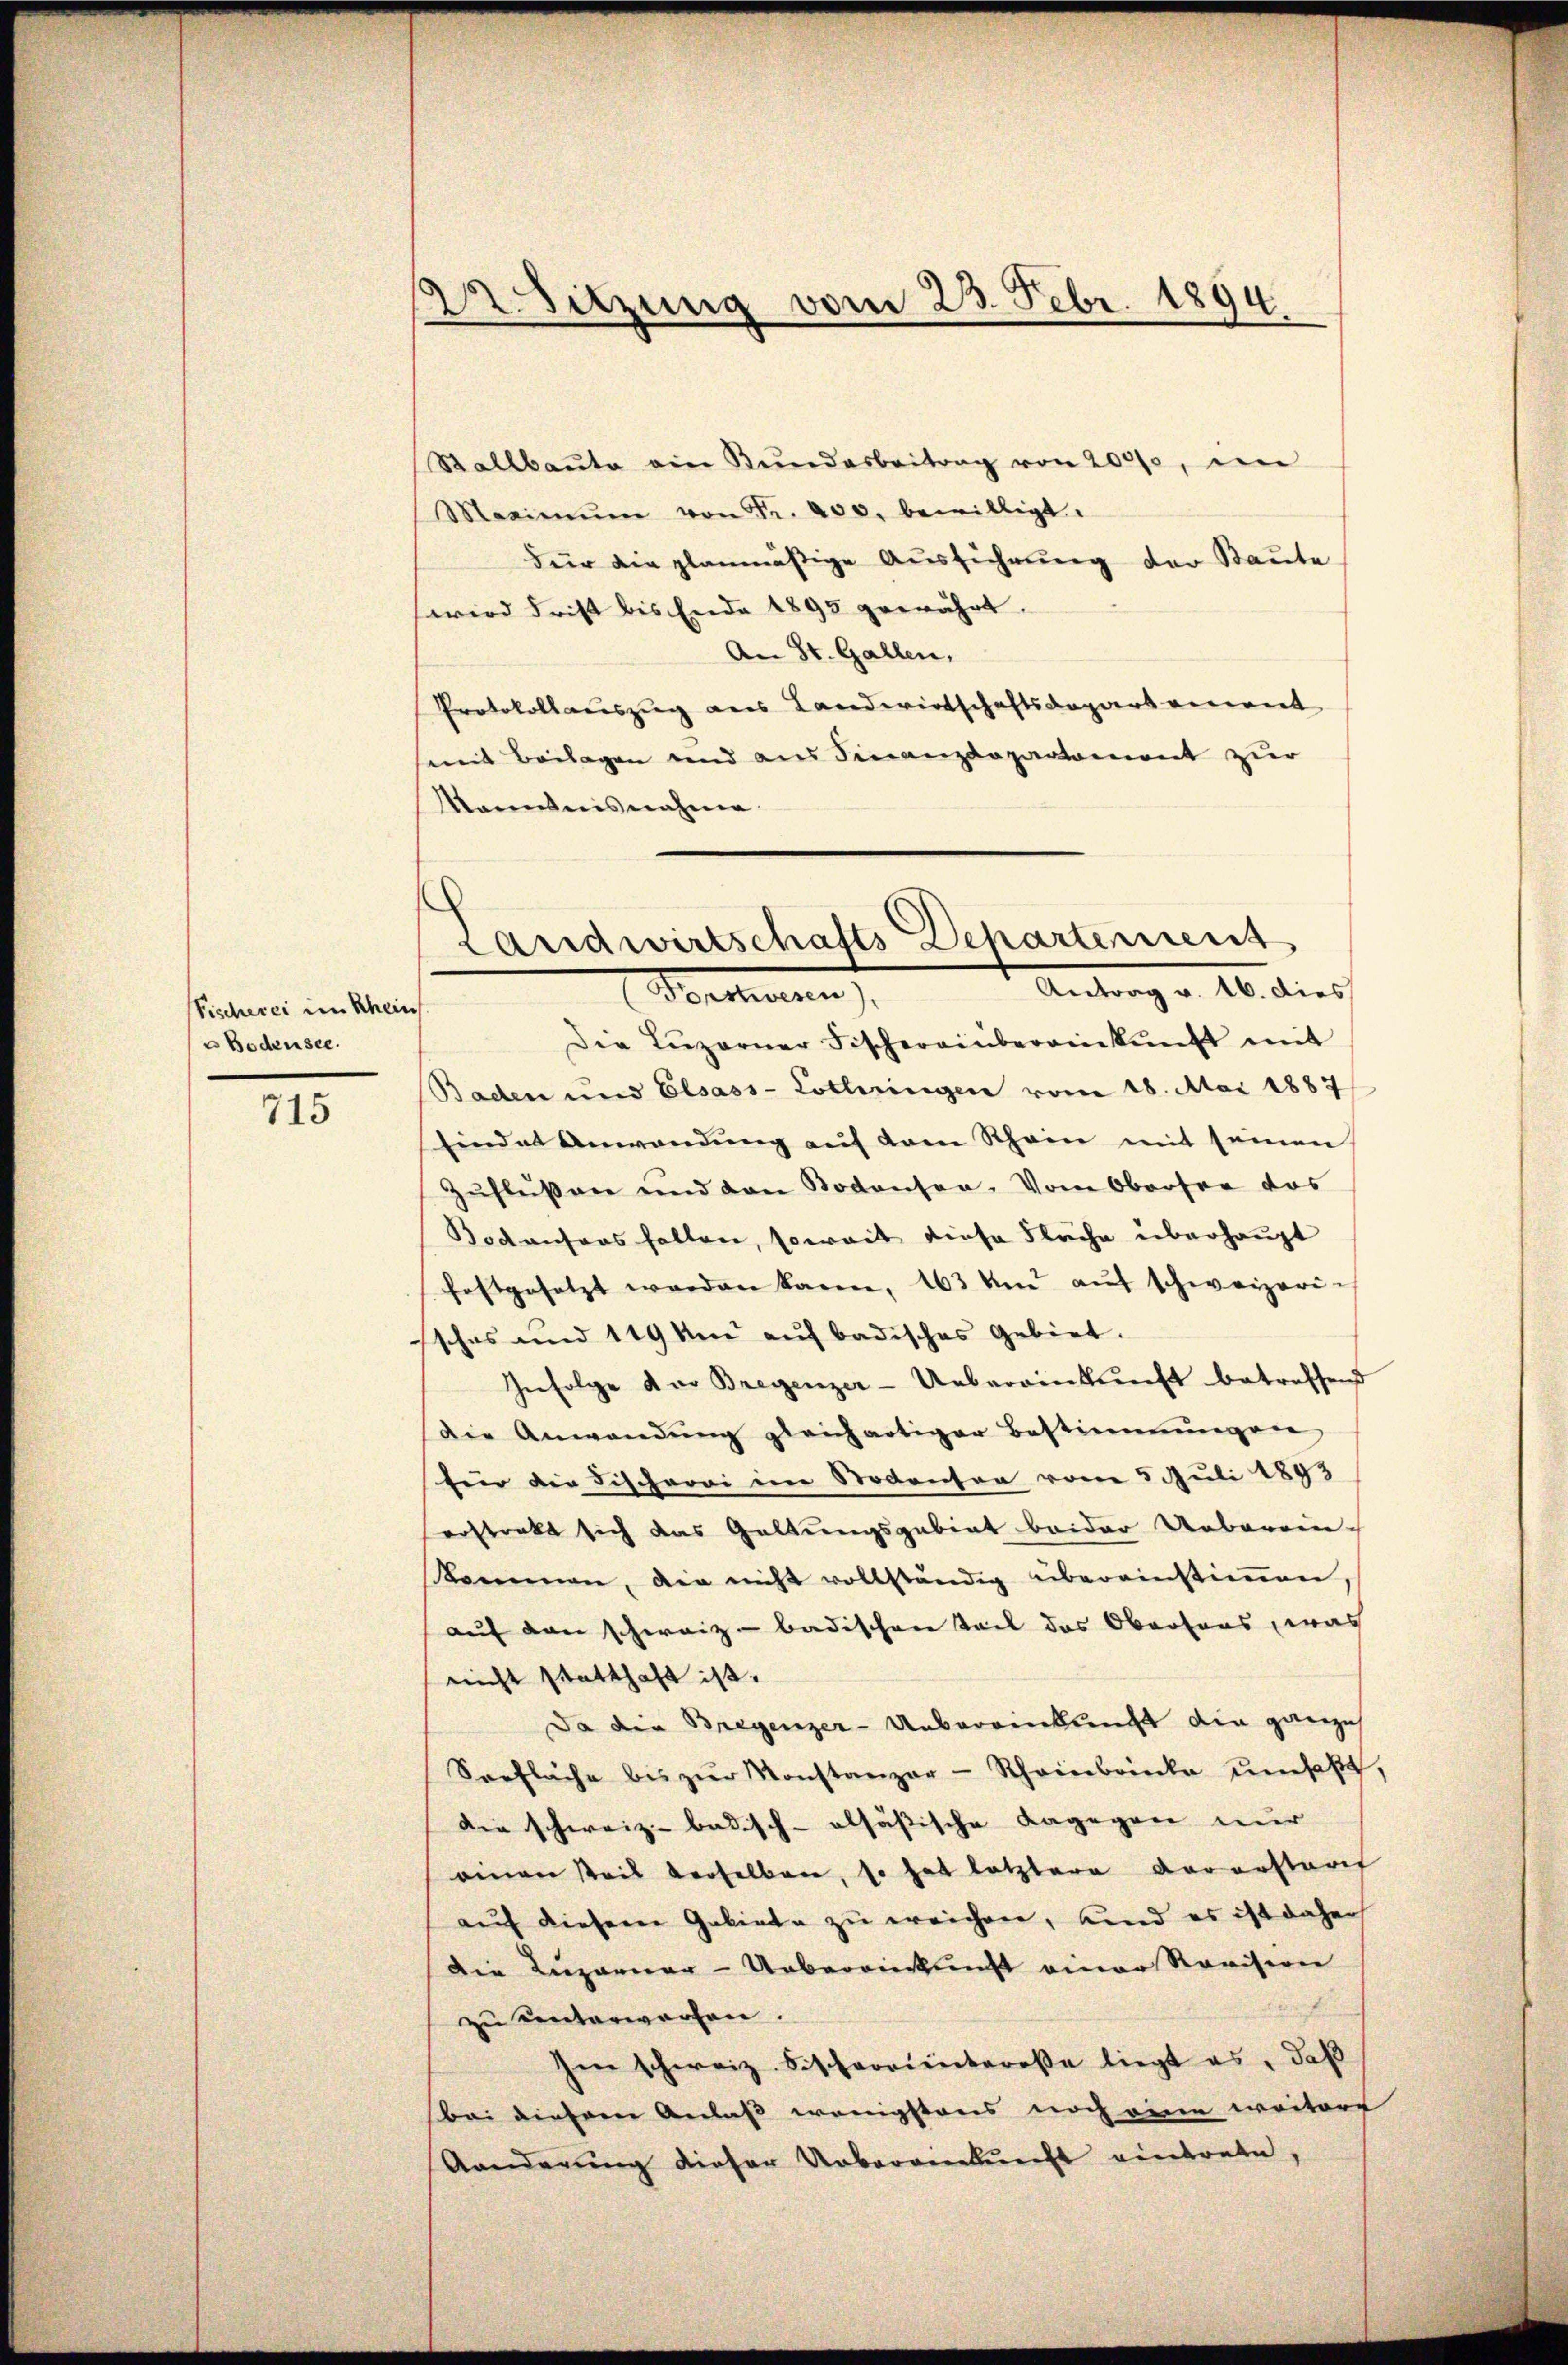
Fischerei im Rhein
u Bodensee.

715

22. Sitzung vom 23. Febr. 1894.

Stallbaŭte ein Rŭndarbeitrag von 2000, ein
Maximŭm von Fr. 400. bewilligt.
Für die planmäßige Aŭsführŭng der Baŭte
wird Frist bis Ende 1895 gewährt.
An St. Gallen,
Protokollauszug aus Landwirtschaftsdepartenweit
mit Beilagen und aus Finanzdepartement zur
Monntnisnahme.

Landwirtschafts Dehartement
Antrag v. 10. dies
Berchen

Die Lŭzerner Fischereinbereinkunft mit
Baden und Elsass-Lothringen vom 18. Mai 1887
Eindet Anwendŭng aŭf dem Rhein mit seinen
Zŭflüssen und von Bodensen. Vom Obersee das
Bodensers fallen, soweit diese Fläche überhaupt
festgesetzt werden kann, 163 km aŭf schweizeri-
ssches und 119 km auf badisches Gebiet.
Infolge der Bregenzer-Uebereinkunft betreffend
Die Anwendŭng gleichartiger Bestimmungen
für die Fischerei in Stodenser vom 5. Juli 1893
erstrakt sich das Geltungsgebiet beider Ueberein-
kommen, die nicht vollständig übereinstimmen,
auf den schweiz - badischen Teil das Oberfons, was
nicht statthaft ist.
Da die Bregenzer-Uebereinkung die ganzes
Sorfläche bis zŭr Konstanzar-Scheinbrincke umsaβt,
die schweiz badisch-alsäßische dagegen nur
einen Weil derselben, so hat letztere vorerstarif
auf diesem Gebiete zu ereichen, und es ist daher
Die Luzerner-Uebereinkunft einer Revision
zu unterworfen.
Im schweiz. Fischeorienteresse liegt es, daß
bei diesem Anlaß wenigstens noch eine weitert
Aanderung dieser Uebergienkunft eintrete,